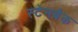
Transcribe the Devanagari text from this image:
स्टेनबैक